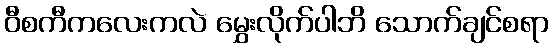
ဝီစကီကလေးကလဲ မွှေးလိုက်ပါဘိ သောက်ချင်စရာ